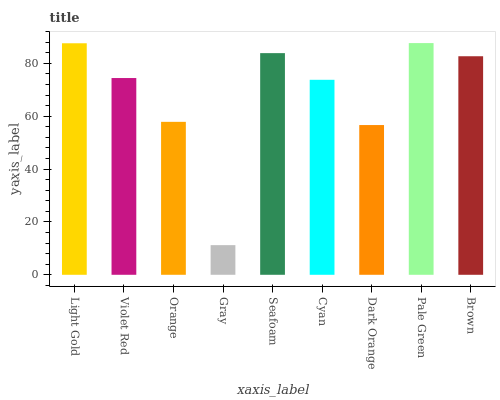
| xaxis_label | bars |
 | --- | --- |
 | Light Gold | 87.6 |
 | Violet Red | 74.5 |
 | Orange | 57.9 |
 | Gray | 11.2 |
 | Seafoam | 83.9 |
 | Cyan | 73.8 |
 | Dark Orange | 56.7 |
 | Pale Green | 87.7 |
 | Brown | 82.7 |